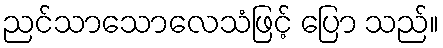
ညင်သာသောလေသံဖြင့် ပြော သည်။